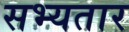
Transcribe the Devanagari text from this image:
सभ्यतार